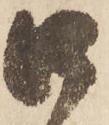
口